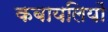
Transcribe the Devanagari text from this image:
कबायलियों